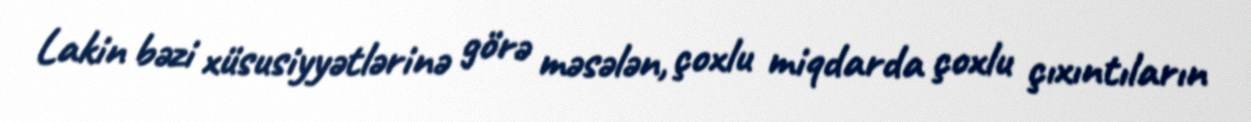
Lakin bəzi xüsusiyyətlərinə görə məsələn, çoxlu miqdarda çoxlu çıxıntıların